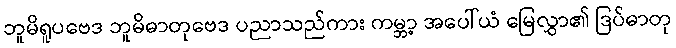
ဘူမိရူပဗေဒ ဘူမိဓာတုဗေဒ ပညာသည်ကား ကမ္ဘာ့ အပေါ်ယံ မြေလွှာ၏ ဒြပ်ဓာတု